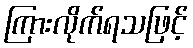
ကြားလိုက်ရသဖြင့်